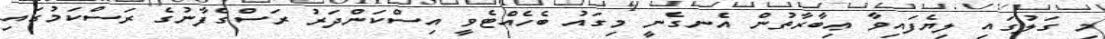
މި ގަލުގައި ލިޔެފައިވާ ޢިބާރާތުން އެނގެނީ މިގައު ބެހެއްޓެވީ އިސްކަންދަރު ރަސްގެފާނުގެ ރަސްކަމުގައި